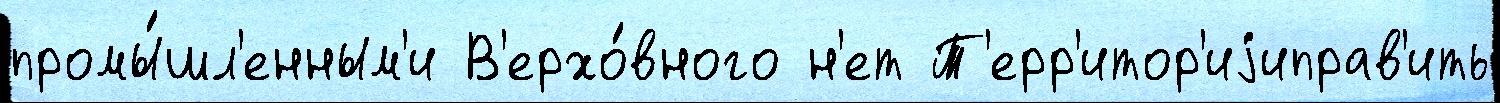
промы́шл'енным'и В'ерхо́вного н'ет Т'ерр'итор'иjиправ'ить